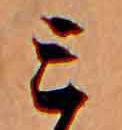
ミ